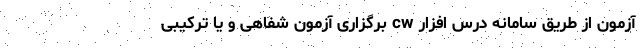
آزمون از طریق سامانه درس افزار cw برگزاری آزمون شفاهی و یا ترکیبی